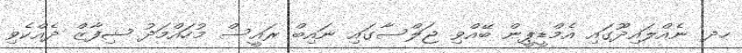
ހދ. ނެއްލައިދޫގައި އެމްޑީޕީން ބޭއްވި ޖަލްސާގައި ނައިބް ރައީސް މުހައްމަދު ޝިފާޒް ދެއްކެވި